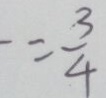
- = \frac { \cdot 3 } { 4 }